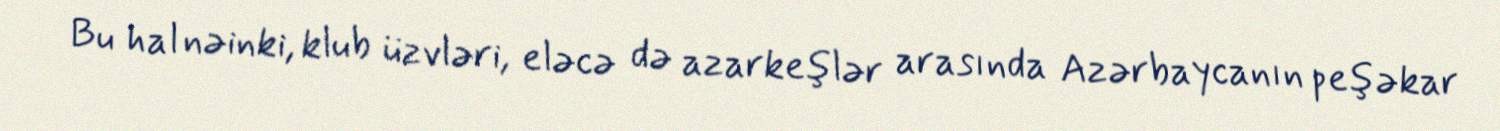
Bu hal nəinki, klub üzvləri, eləcə də azarkeşlər arasında Azərbaycanın peşəkar